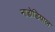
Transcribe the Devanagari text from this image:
नाडोडियाल